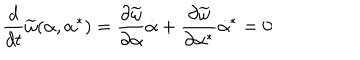
\frac { d } { d t } \widetilde \omega ( \alpha , \alpha ^ { * } ) = \frac { \partial \widetilde \omega } { \partial \alpha } \dot { \alpha } + \frac { \partial \widetilde \omega } { \partial \alpha ^ { * } } \dot { \alpha } ^ { * } = 0